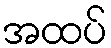
အထပ်